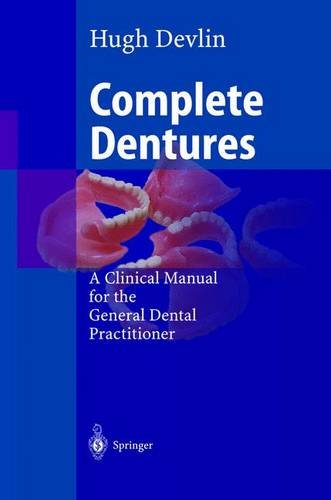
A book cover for Complete Dentures: A Clinical Manual for the General Dental Practitioner; Hugh Devlin; Medical Books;